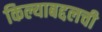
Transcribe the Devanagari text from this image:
किल्याबद्दलची